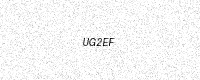
Text: UG2EF